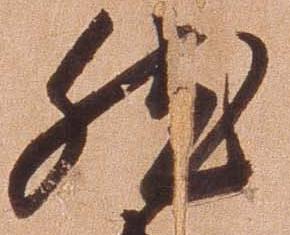
然